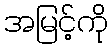
အမြင့်ကို